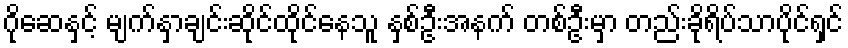
ဂိုဆေနှင့် မျက်နှာချင်းဆိုင်ထိုင်နေသူ နှစ်ဦးအနက် တစ်ဦးမှာ တည်းခိုရိပ်သာပိုင်ရှင်